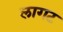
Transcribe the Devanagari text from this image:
लागट